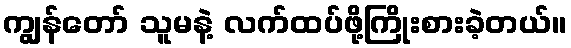
ကျွန်တော် သူမနဲ့ လက်ထပ်ဖို့ကြိုးစားခဲ့တယ်။